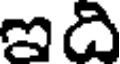
ఇది